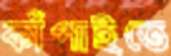
কাঁপাইতে